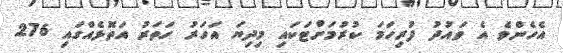
އެހެންވެ އެ ވައުދު ފުރިހަމަ ކުރުމަށްޓަކައި މިދިޔަ އަހަރު ހަތަރު އަތޮޅެއްގައި 276